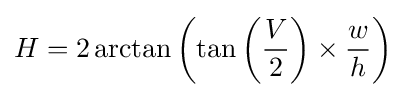
H=2\arctan \left(\tan \left({V \over 2}\right)\times {w \over h}\right)